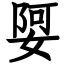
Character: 娿